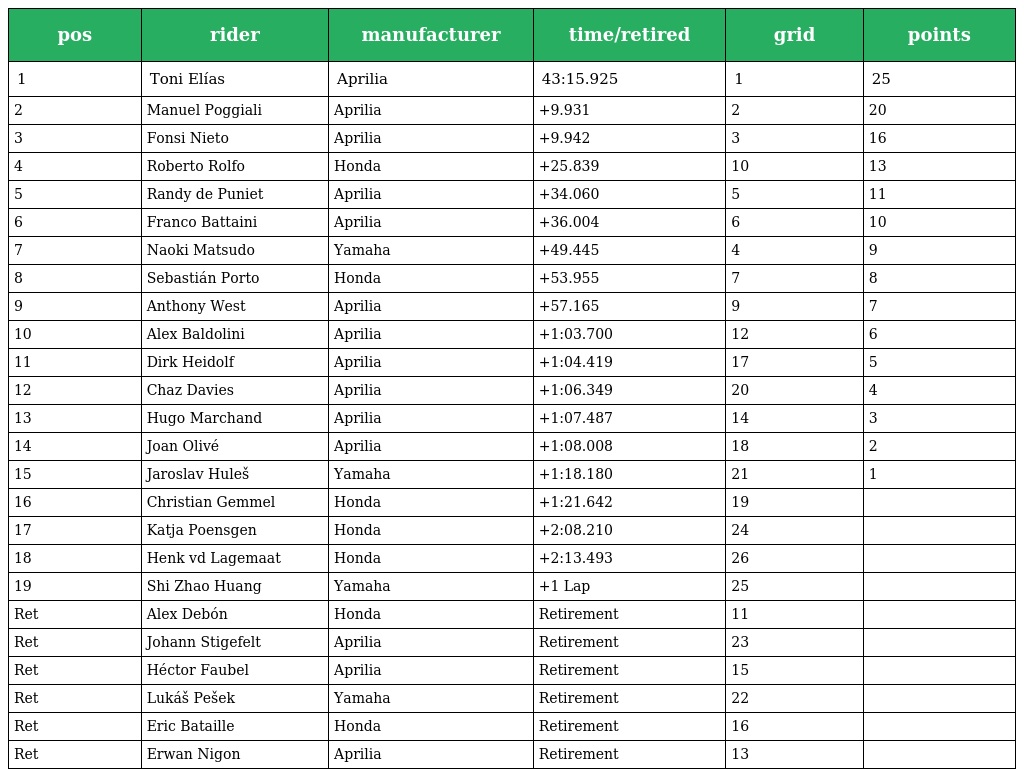
| pos | rider | manufacturer | time/retired | grid | points |
 | --- | --- | --- | --- | --- | --- |
 | 1 | Toni Elías | Aprilia | 43:15.925 | 1 | 25 |
 | 2 | Manuel Poggiali | Aprilia | +9.931 | 2 | 20 |
 | 3 | Fonsi Nieto | Aprilia | +9.942 | 3 | 16 |
 | 4 | Roberto Rolfo | Honda | +25.839 | 10 | 13 |
 | 5 | Randy de Puniet | Aprilia | +34.060 | 5 | 11 |
 | 6 | Franco Battaini | Aprilia | +36.004 | 6 | 10 |
 | 7 | Naoki Matsudo | Yamaha | +49.445 | 4 | 9 |
 | 8 | Sebastián Porto | Honda | +53.955 | 7 | 8 |
 | 9 | Anthony West | Aprilia | +57.165 | 9 | 7 |
 | 10 | Alex Baldolini | Aprilia | +1:03.700 | 12 | 6 |
 | 11 | Dirk Heidolf | Aprilia | +1:04.419 | 17 | 5 |
 | 12 | Chaz Davies | Aprilia | +1:06.349 | 20 | 4 |
 | 13 | Hugo Marchand | Aprilia | +1:07.487 | 14 | 3 |
 | 14 | Joan Olivé | Aprilia | +1:08.008 | 18 | 2 |
 | 15 | Jaroslav Huleš | Yamaha | +1:18.180 | 21 | 1 |
 | 16 | Christian Gemmel | Honda | +1:21.642 | 19 |  |
 | 17 | Katja Poensgen | Honda | +2:08.210 | 24 |  |
 | 18 | Henk vd Lagemaat | Honda | +2:13.493 | 26 |  |
 | 19 | Shi Zhao Huang | Yamaha | +1 Lap | 25 |  |
 | Ret | Alex Debón | Honda | Retirement | 11 |  |
 | Ret | Johann Stigefelt | Aprilia | Retirement | 23 |  |
 | Ret | Héctor Faubel | Aprilia | Retirement | 15 |  |
 | Ret | Lukáš Pešek | Yamaha | Retirement | 22 |  |
 | Ret | Eric Bataille | Honda | Retirement | 16 |  |
 | Ret | Erwan Nigon | Aprilia | Retirement | 13 |  |